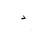
Letter: _dal